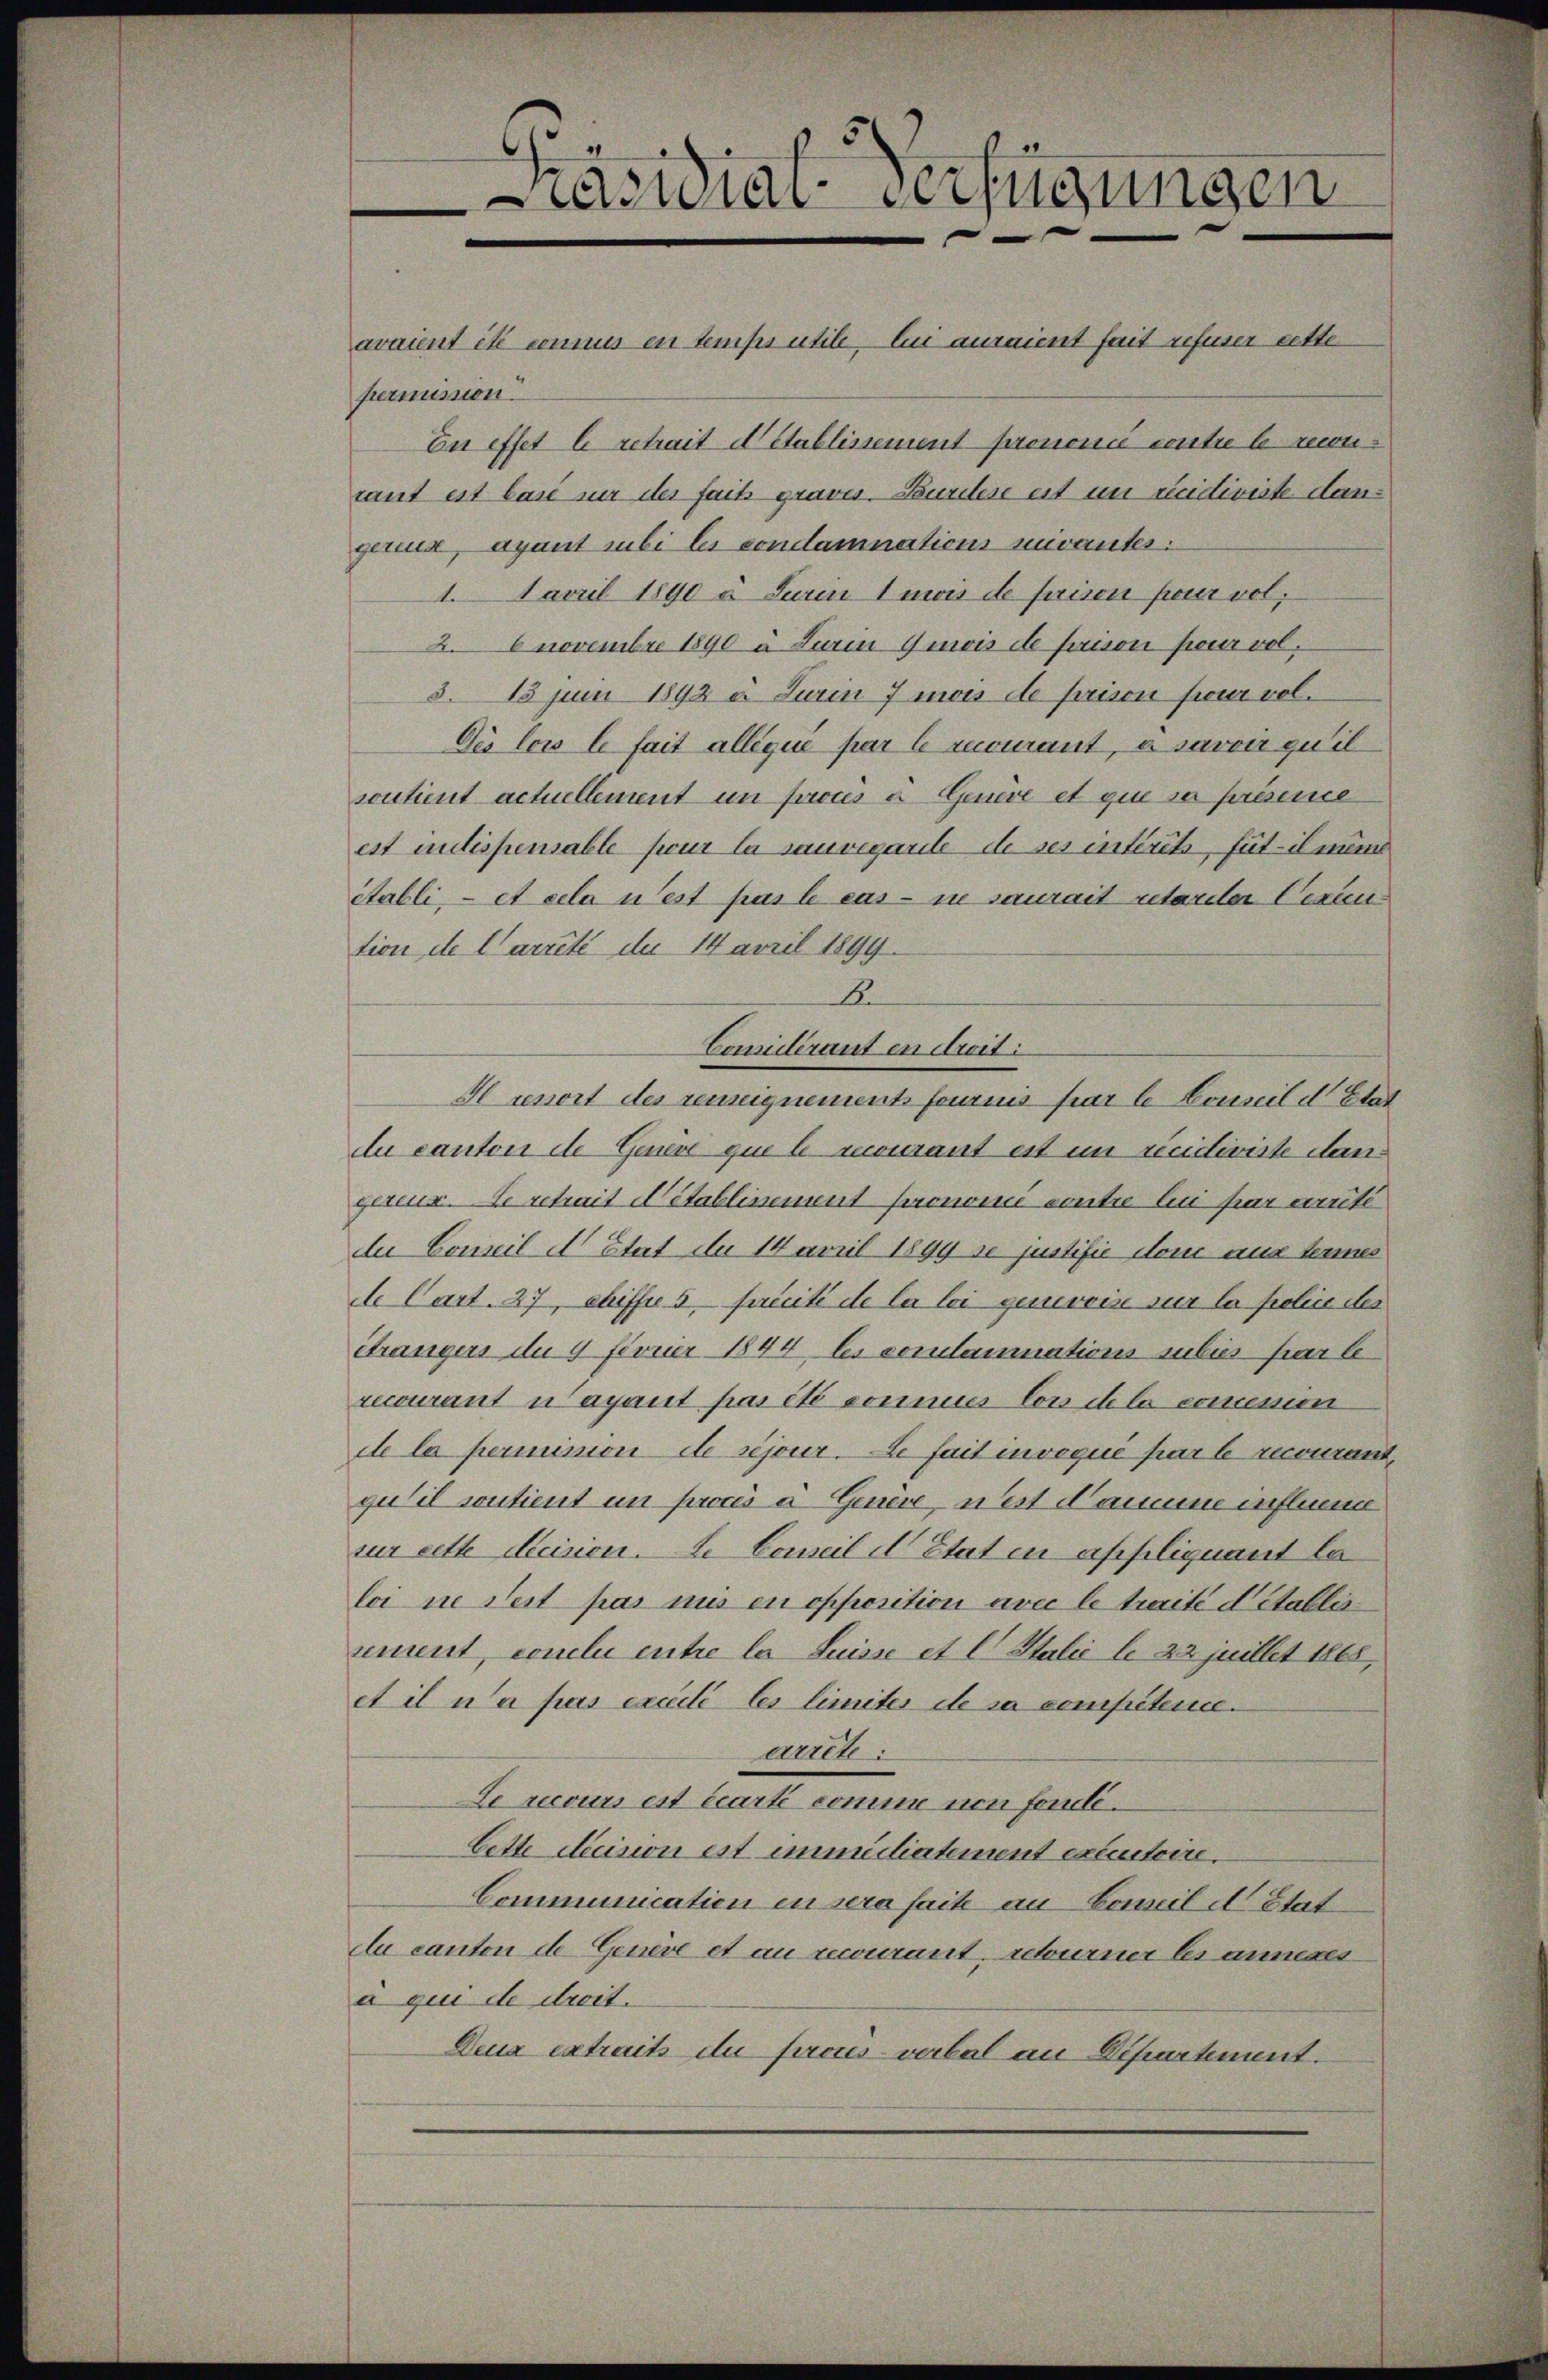
avaient ist connus en temps utile, bei auraient fait refuser cette
permission.
En effet le retrait établissement pronomie contre le rentant est las in der fait graves Bundere est im vidiviste dangereux, ayant subi les condamnations vivantes:
1. Favril 1890 à Turin 1 mos de faison pour vol
2. 6 novembre 1890 à Zurin Guis de prison pour vol¬
§. 15 Juni 1892 u. Turin 7 mois de prison feur vol¬
Des lois le fait alléqué par 6 mourant, à savoir quil
soutient actuellement un prouis a. Genève et que sa présence
est mutispensable pour la sauvegarite de ses intérêts, Füti mind
Stabli, et cela u est pas le cas - in saurait retarder Verun
tion de Carreté de 14 April 1899.
B
Comidérant en droit:
Il resort des renneignement fournis par le Conseil d. Etat
du canton de Genere que le recourant est im ricidiviste dangezeux. Le retrait établissement pronon contre le für weite
du Conseil d’Etat de 14 April 1899 se justifie dem uns termes
de Cart. 27, Chiffes facité de la loi genervis sur la police des
étrangers de 9 Ferner 1844, les conclaminations subies par le
recourant ayant pas été sonnie von de la commen
de la perminon de séjour fait invoqué par le romant,
qu’il sontient in procés à Genève, ist Samme influem
sur cette decision. L. Conseil d’Etat in appliquant la
loi in Fest pas uns en opposition avec le traité detallis
sement, concle entre la Suisse et l. Salić le 22juillet 1868,
et il n’a pas excité les limites de sa competerie.
arrête:
Le recours est écarti comme von Famili¬
Cette decision est immitiatement excutoire.
Communication in sera faite au Comit d Stat
Au canton de Genève et au recourant, retourner les annes
a qui de droit.
Deux extraits du prous-verbal an Dipartement.

Präsidial-Verfügungen